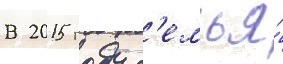
В 2015 году с'емья́